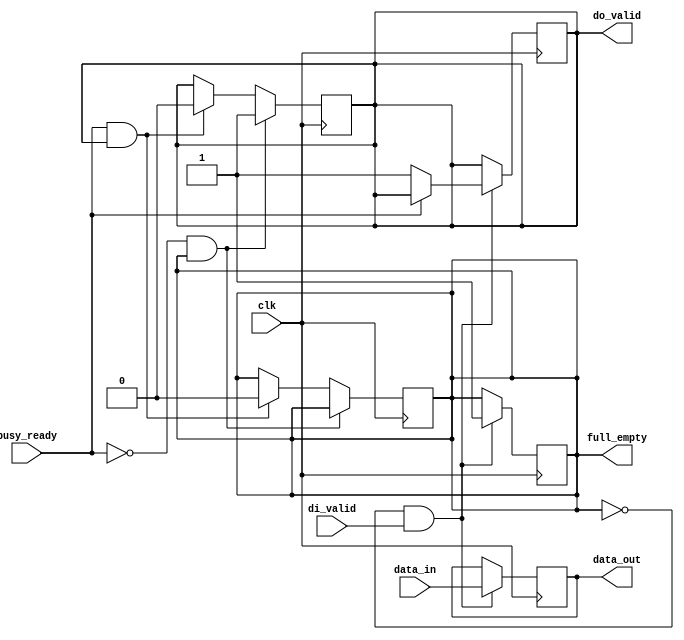
// lockstep.v
//
// lock-step data buffer
//

`default_nettype none

/**
       +----------------------------+
       | buffer                     |
       |                            |
------>|clk                         |
   Nd  |                            |   Nd
---/-->|data_in             data_out|---/-->
       |                            |
------>|di_valid            do_valid|------>
       |                            |
<------|full/_empty      busy/_ready|<------
       |                            |
       +----------------------------+
**/

module buffer #(
  parameter              Nd = 8           // number of data bits
) (
  input                  clk,             // clock signal

  input         [Nd-1:0] data_in,         // input data
  input                  di_valid,        // input valid
  output                 full_empty,      // 1=full, 0=empty

  output        [Nd-1:0] data_out,        // output data
  output                 do_valid,        // output valid
  input                  busy_ready       // 1=busy, 0=ready
);

  reg full = 1'b0;
  reg [Nd-1:0] data;
  reg valid = 1'b0;
  wire busy = busy_ready;

  assign full_empty = full;
  assign data_out = data;
  assign do_valid = valid;

  // input interface
  always @(posedge clk)
    if (!full && di_valid)
      begin
        data <= data_in;
        full <= 1'b1;
        if (!busy)
          valid <= 1'b1;
      end

  // output interface
  always @(posedge clk)
    if (!busy && full)
      valid <= 1'b1;
    else if (busy && valid)
      begin
        valid <= 1'b0;
        full <= 1'b0;
      end

endmodule